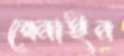
বেনাইন